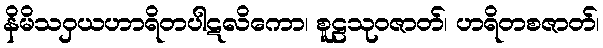
နိမိသဝှယဟာရိတပါဋလိကော၊ စူဠသုဝဇာတ်၊ ဟရိတစဇာတ်၊